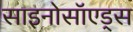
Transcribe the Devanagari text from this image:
साइनोसॉएड्स